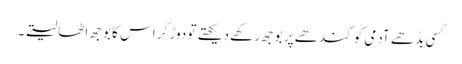
کسی بڈھے آدمی کو کندھے پر بوجھ رکھے دیکھتے تو دوڑ کر اس کا بوجھ اٹھا لیتے ۔